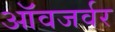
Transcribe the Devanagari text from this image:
ऑवजर्वर